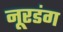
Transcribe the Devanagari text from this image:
नूरडंग